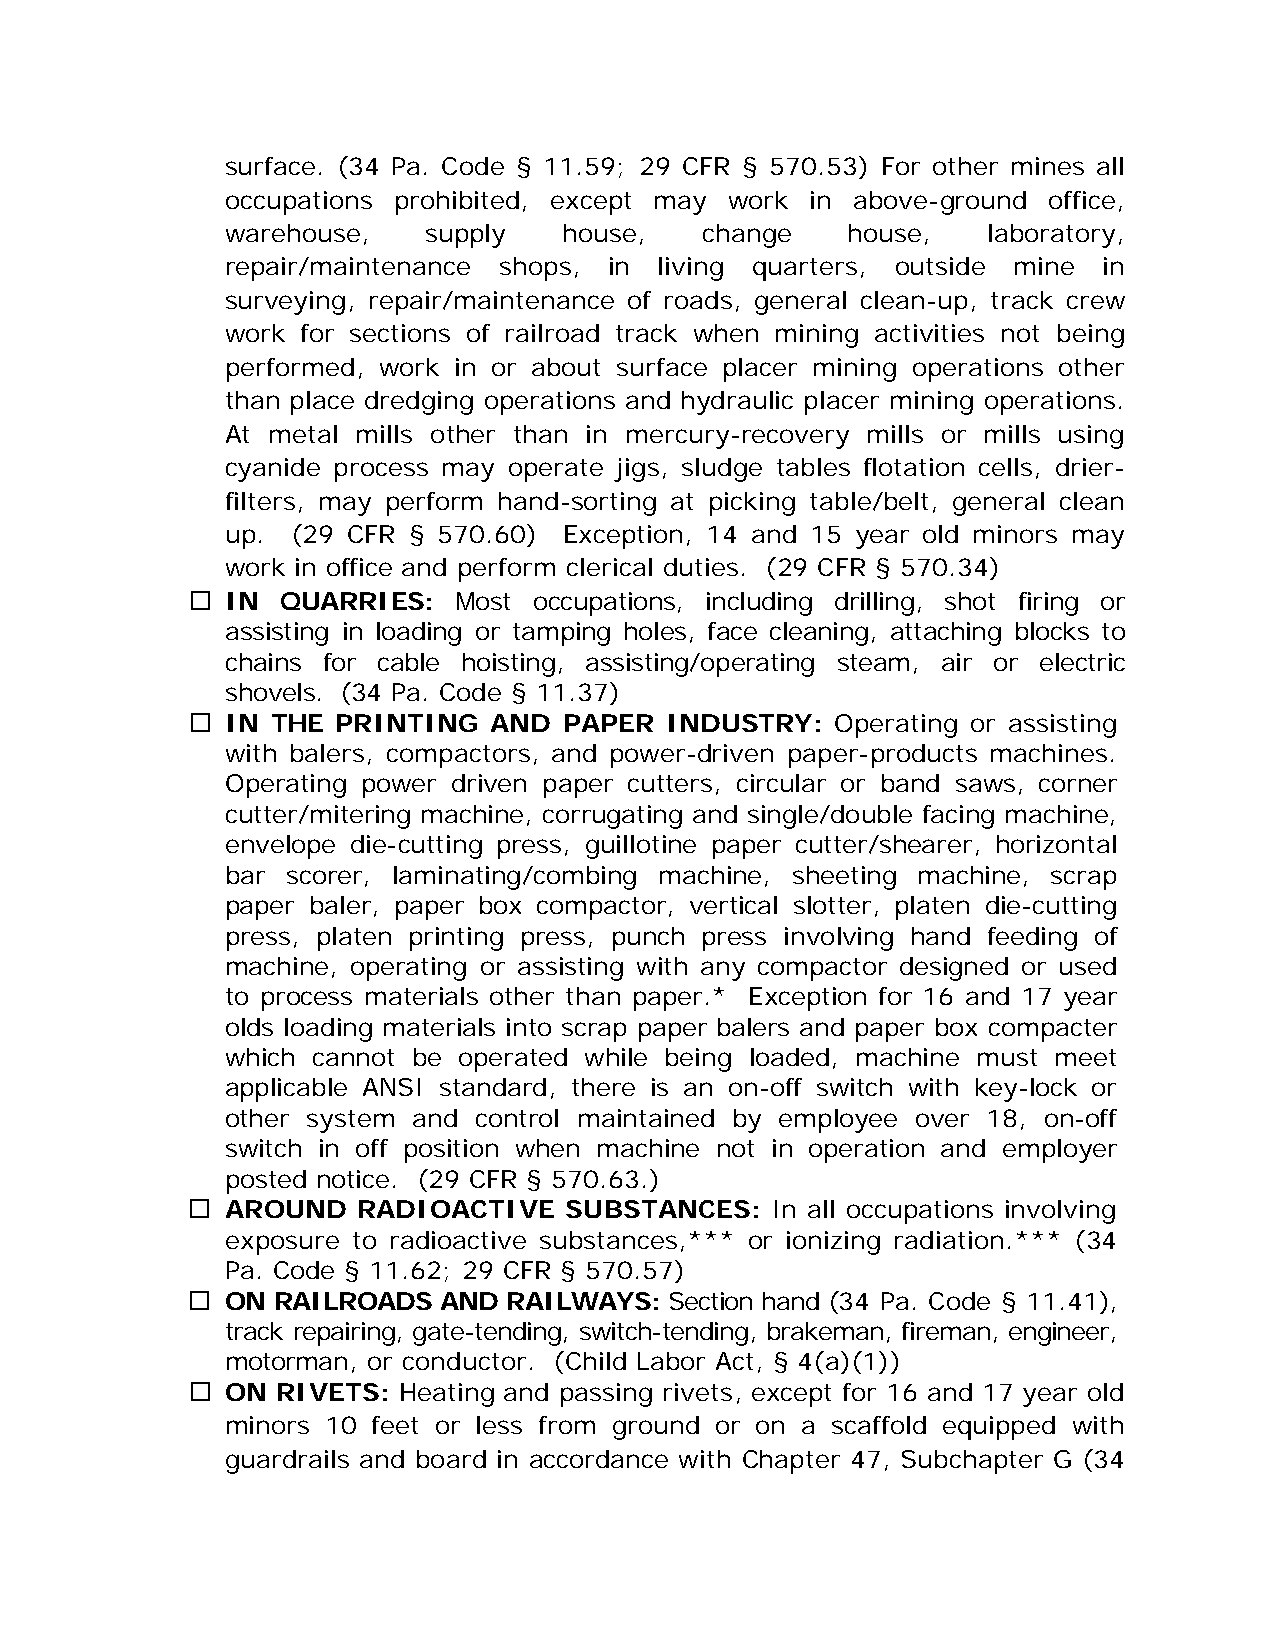
surface. (34 Pa. Code § 11.59; 29 CFR § 570.53) For other mines all
 occupations prohibited, except may work in above-ground office,
 warehouse,   supply   house,   change    house,   laboratory,
 repair/maintenance shops, in living quarters, outside mine in
 surveying, repair/maintenance of roads, general clean-up, track crew
 work for sections of railroad track when mining activities not being
 performed, work in or about surface placer mining operations other
 than place dredging operations and hydraulic placer mining operations.
 At metal mills other than in mercury-recovery mills or mills using
 cyanide process may operate jigs, sludge tables flotation cells, drier-
 filters, may perform hand-sorting at picking table/belt, general clean
 up. (29 CFR § 570.60) Exception, 14 and 15 year old minors may
 work in office and perform clerical duties. (29 CFR § 570.34)
   IN  QUARRIES:  Most occupations, including drilling, shot firing or
 assisting in loading or tamping holes, face cleaning, attaching blocks to
 chains for cable hoisting, assisting/operating steam, air or electric
 shovels. (34 Pa. Code § 11.37)
   IN THE PRINTING  AND  PAPER  INDUSTRY:  Operating or assisting
 with balers, compactors, and power-driven paper-products machines.
 Operating power driven paper cutters, circular or band saws, corner
 cutter/mitering machine, corrugating and single/double facing machine,
 envelope die-cutting press, guillotine paper cutter/shearer, horizontal
 bar scorer, laminating/combing machine, sheeting machine, scrap
 paper baler, paper box compactor, vertical slotter, platen die-cutting
 press, platen printing press, punch press involving hand feeding of
 machine, operating or assisting with any compactor designed or used
 to process materials other than paper.* Exception for 16 and 17 year
 olds loading materials into scrap paper balers and paper box compacter
 which cannot be operated while being loaded, machine must meet
 applicable ANSI standard, there is an on-off switch with key-lock or
 other system and control maintained by employee over 18, on-off
 switch in off position when machine not in operation and employer
 posted notice. (29 CFR § 570.63.)
   AROUND   RADIOACTIVE  SUBSTANCES:   In all occupations involving
 exposure to radioactive substances,*** or ionizing radiation.*** (34
 Pa. Code § 11.62; 29 CFR § 570.57)
   ON RAILROADS  AND  RAILWAYS: Section hand (34 Pa. Code § 11.41),
 track repairing, gate-tending, switch-tending, brakeman, fireman, engineer,
 motorman, or conductor. (Child Labor Act, § 4(a)(1))
   ON RIVETS: Heating and passing rivets, except for 16 and 17 year old
 minors 10 feet or less from ground or on a scaffold equipped with
 guardrails and board in accordance with Chapter 47, Subchapter G (34